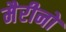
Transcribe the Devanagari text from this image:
मैरीनों